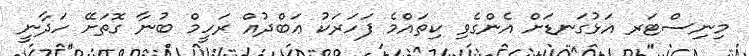
މިނިސްޓަރ އަޅުގަނޑަށް އެންގެވި ކިތައްމެ ފަހަރަކު ޢަބްދުއް ރަހީމް ބުނާ ގޮތަށޭ ހަދާނީ